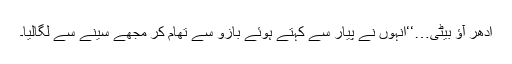
ادھر آؤ بیٹی…‘‘انہوں نے پیار سے کہتے ہوئے بازو سے تھام کر مجھے سینے سے لگالیا۔